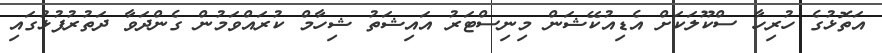
އަތޮޅުގެ ހުރިހާ ސްކޫލަކަށް އެޑިއުކޭޝަން މިނިސްޓަރު އައިޝަތު ޝިހާމް ކުރައްވަމުން ގެންދަވާ ދަތުރުފުޅުގައި